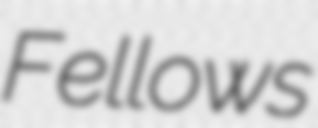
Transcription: Fellows